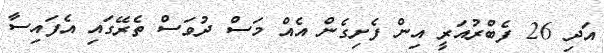
އަދި 26 ފެބްރުއަރީ އިން ފެށިގެން އެއް މަސް ދުވަސް ތެރޭގައި އެފައިސާ